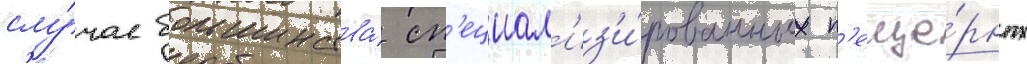
слу́чае большинства́ сп'ециал'из'и́рованных п'еще́рных